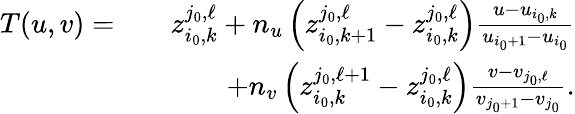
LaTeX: \begin{array}{rlr}{T(u,v)=}&{}&{z_{i_{0},k}^{j_{0},\ell}+n_{u}\left(z_{i_{0},k+1}^{j_{0},\ell}-z_{i_{0},k}^{j_{0},\ell}\right)\frac{u-u_{i_{0},k}}{u_{i_{0}+1}-u_{i_{0}}}}\\ &{}&{+n_{v}\left(z_{i_{0},k}^{j_{0},\ell+1}-z_{i_{0},k}^{j_{0},\ell}\right)\frac{v-v_{j_{0},\ell}}{v_{j_{0}+1}-v_{j_{0}}}.}\end{array}